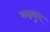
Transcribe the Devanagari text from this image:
कहलुर